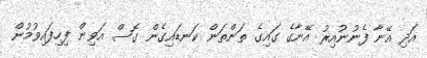
އަދި އޭނާ ފެނުނުއިރު އޭނާގެ ގައިގެ ތަންތަން ކަނޑައިގެން ގޮސް އަވިން ފިހިފައިވުމުން